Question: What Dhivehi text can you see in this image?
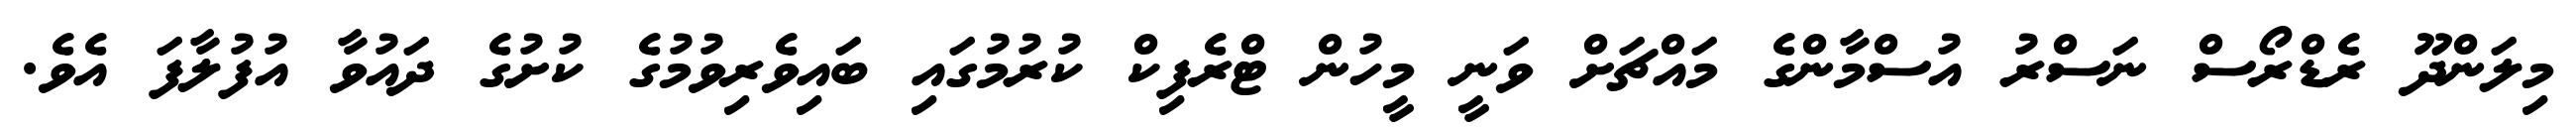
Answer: މިލަންދޫ ރެޑްރޯސް ނަސްރު އުސްމާންގެ މައްޗަށް ވަނީ މީހުން ޓްރެފިކް ކުރުމުގައި ބައިވެރިވުމުގެ ކުށުގެ ދައުވާ އުފުލާފަ އެވެ.